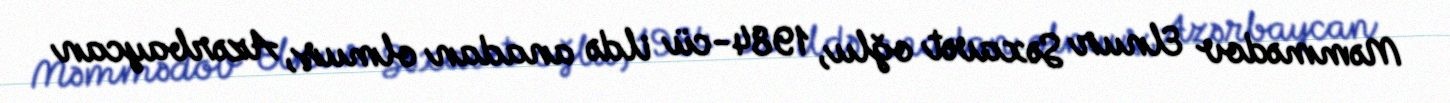
Məmmədov Elnur Səxavət oğlu, 1984-cü ildə anadan olmuş, Azərbaycan